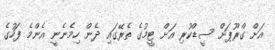
އަށް ގްރޫޕަށް ސީޑްކުރި އަށް ޓީމުގެ ތެރޭގައި ދެން ހިމެނެނީ އެންމެ ފަހުގެ